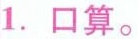
1.口算。